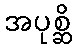
အပုစ္ဆိ